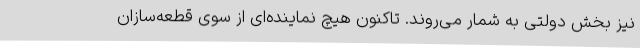
نیز بخش دولتی به شمار می‌روند. تاکنون هیچ نماینده‌ای از سوی قطعه‌سازان